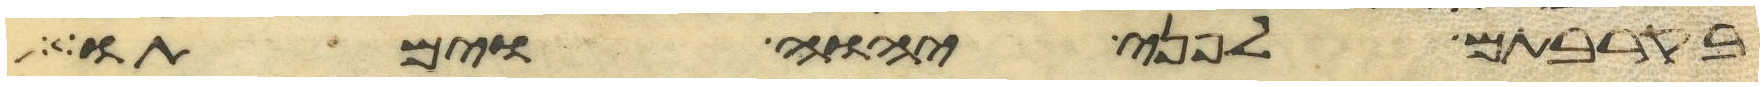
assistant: בקרבתם לפני יהוה וימתו